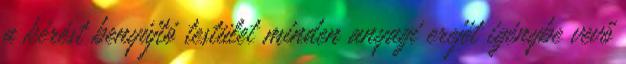
a kérést benyújtó testület minden anyagi erejét igénybe vevő